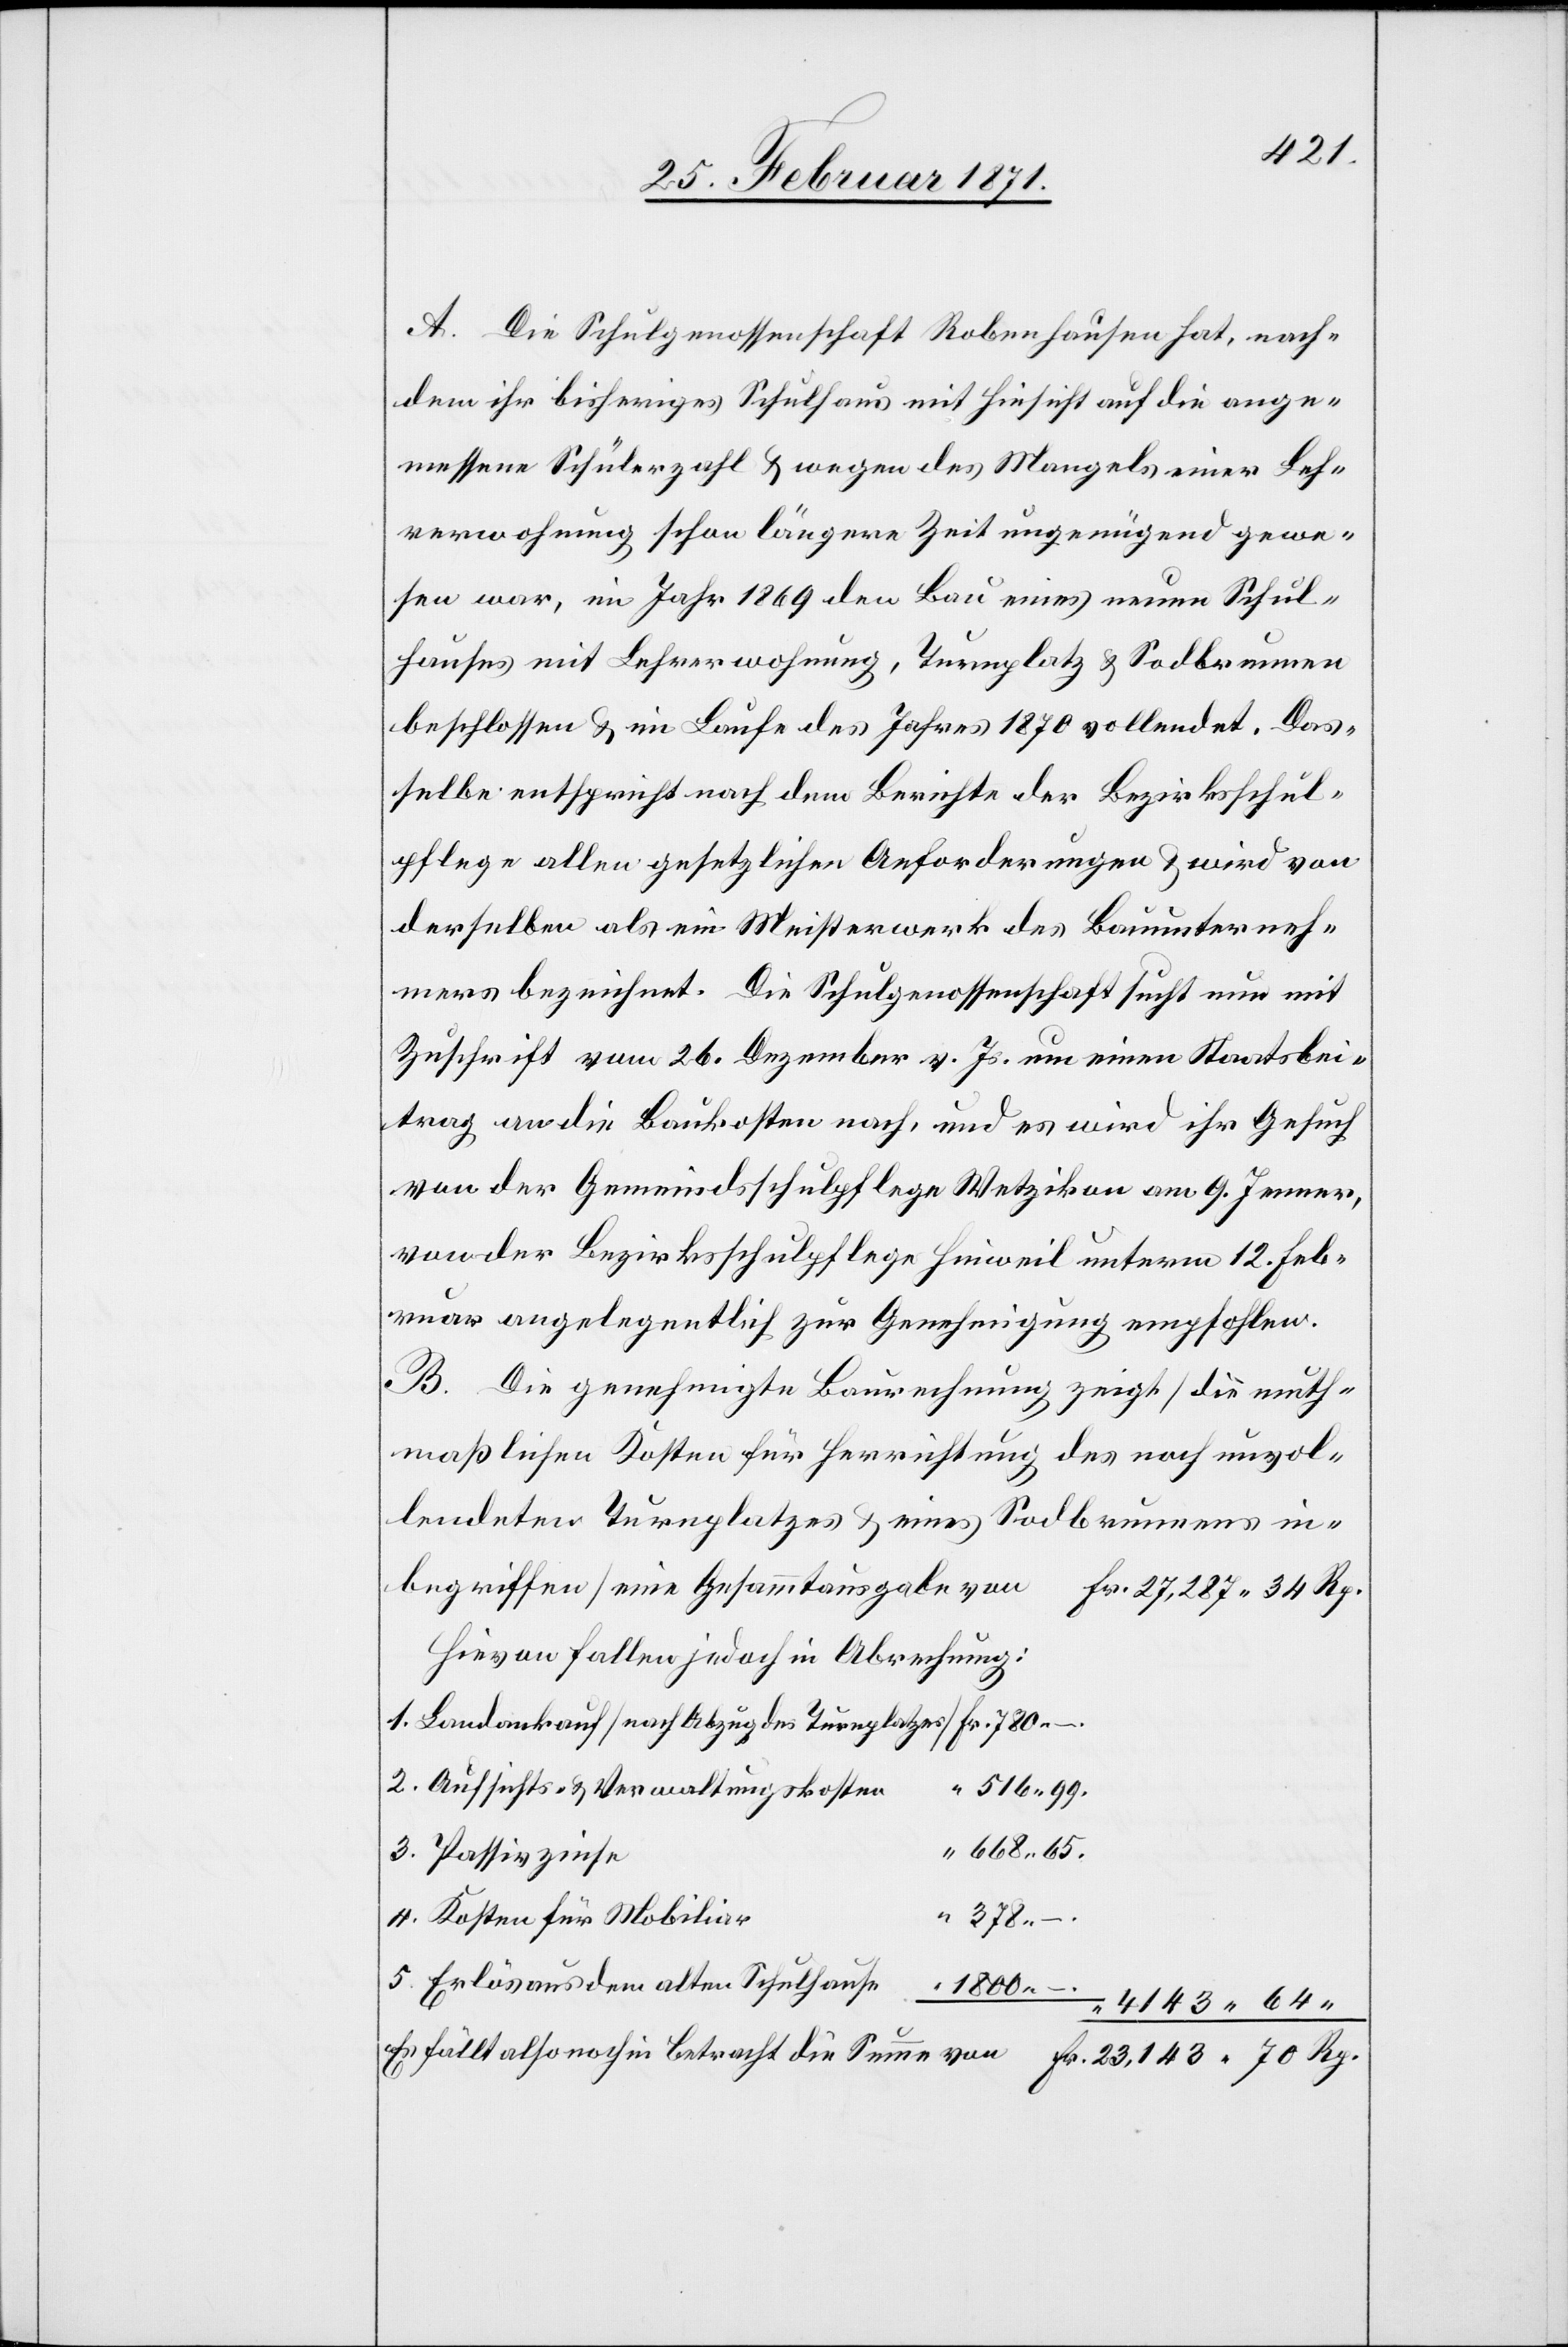
4143.64.
A. Die Schulgenossenschaft Robenhausen hat, nach¬
dem ihr bisheriges Schulhaus mit Hinsicht auf die ange¬
messene Schülerzahl u. wegen des Mangels einer Leh¬
rerwohnung schon längere Zeit ungenügend gewe¬
sen war, im Jahr 1869 den Bau eines neuen Schul¬
hauses mit Lehrerwohnung, Turnplatz u. Sodbrunnen
beschlossen u. im Laufe des Jahres 1870 vollendet. Das¬
selbe entspricht nach dem Berichte der Bezirksschul¬
pflege allen gesetzlichen Anforderungen u. wird von
derselben als ein Meisterwerk des Bauunterneh¬
mers bezeichnet. Die Schulgenossenschaft sucht nun mit
Zuschrift vom 26. Dezember v. Js. um einen Staatsbei¬
trag an die Baukosten nach, und es wird ihr Gesuch
von der Gemeindsschulpflege Wetzikon am 9. Jenner,
von der Bezirksschulpflege Hinweil unterm 12. Feb¬
ruar angelegentlich zur Genehmigung empfohlen.
B. Die genehmigte Baurechnung zeigt [die muth¬
maßlichen Kosten für Herrichtung des noch unvol¬
lendeten Turnplatzes u. eines Sodbrunnens in¬
begriffen] eine Gesammtausgabe von
Fr. 27,287.34 Rp.
Hievon fallen jedoch in Abrechnung:
Landankauf [nach Abzug des Turnplatzes]
Aufsichts- u. Verwaltungskosten
516.99.
668.65.
5.
378.–.
Kosten für Mobiliar
Erlös aus dem alten Schulhause
Es fällt also noch in Betracht die Summe von Fr. 23,143.70 Rp.